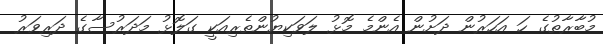
މުބާރާތުގެ ހަ އަހަރުން ދަށުން އެންމެ މޮޅު ލަވަކިޔުންތެރިއަކީ ގަލޮޅު މަދަރުސާގެ ދަރިވަރު